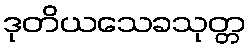
ဒုတိယသေခသုတ္တ